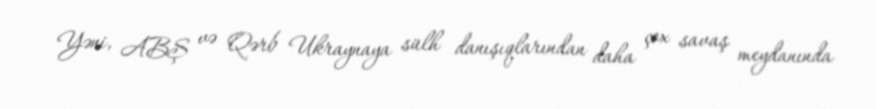
Yəni, ABŞ və Qərb Ukraynaya sülh danışıqlarından daha çox savaş meydanında